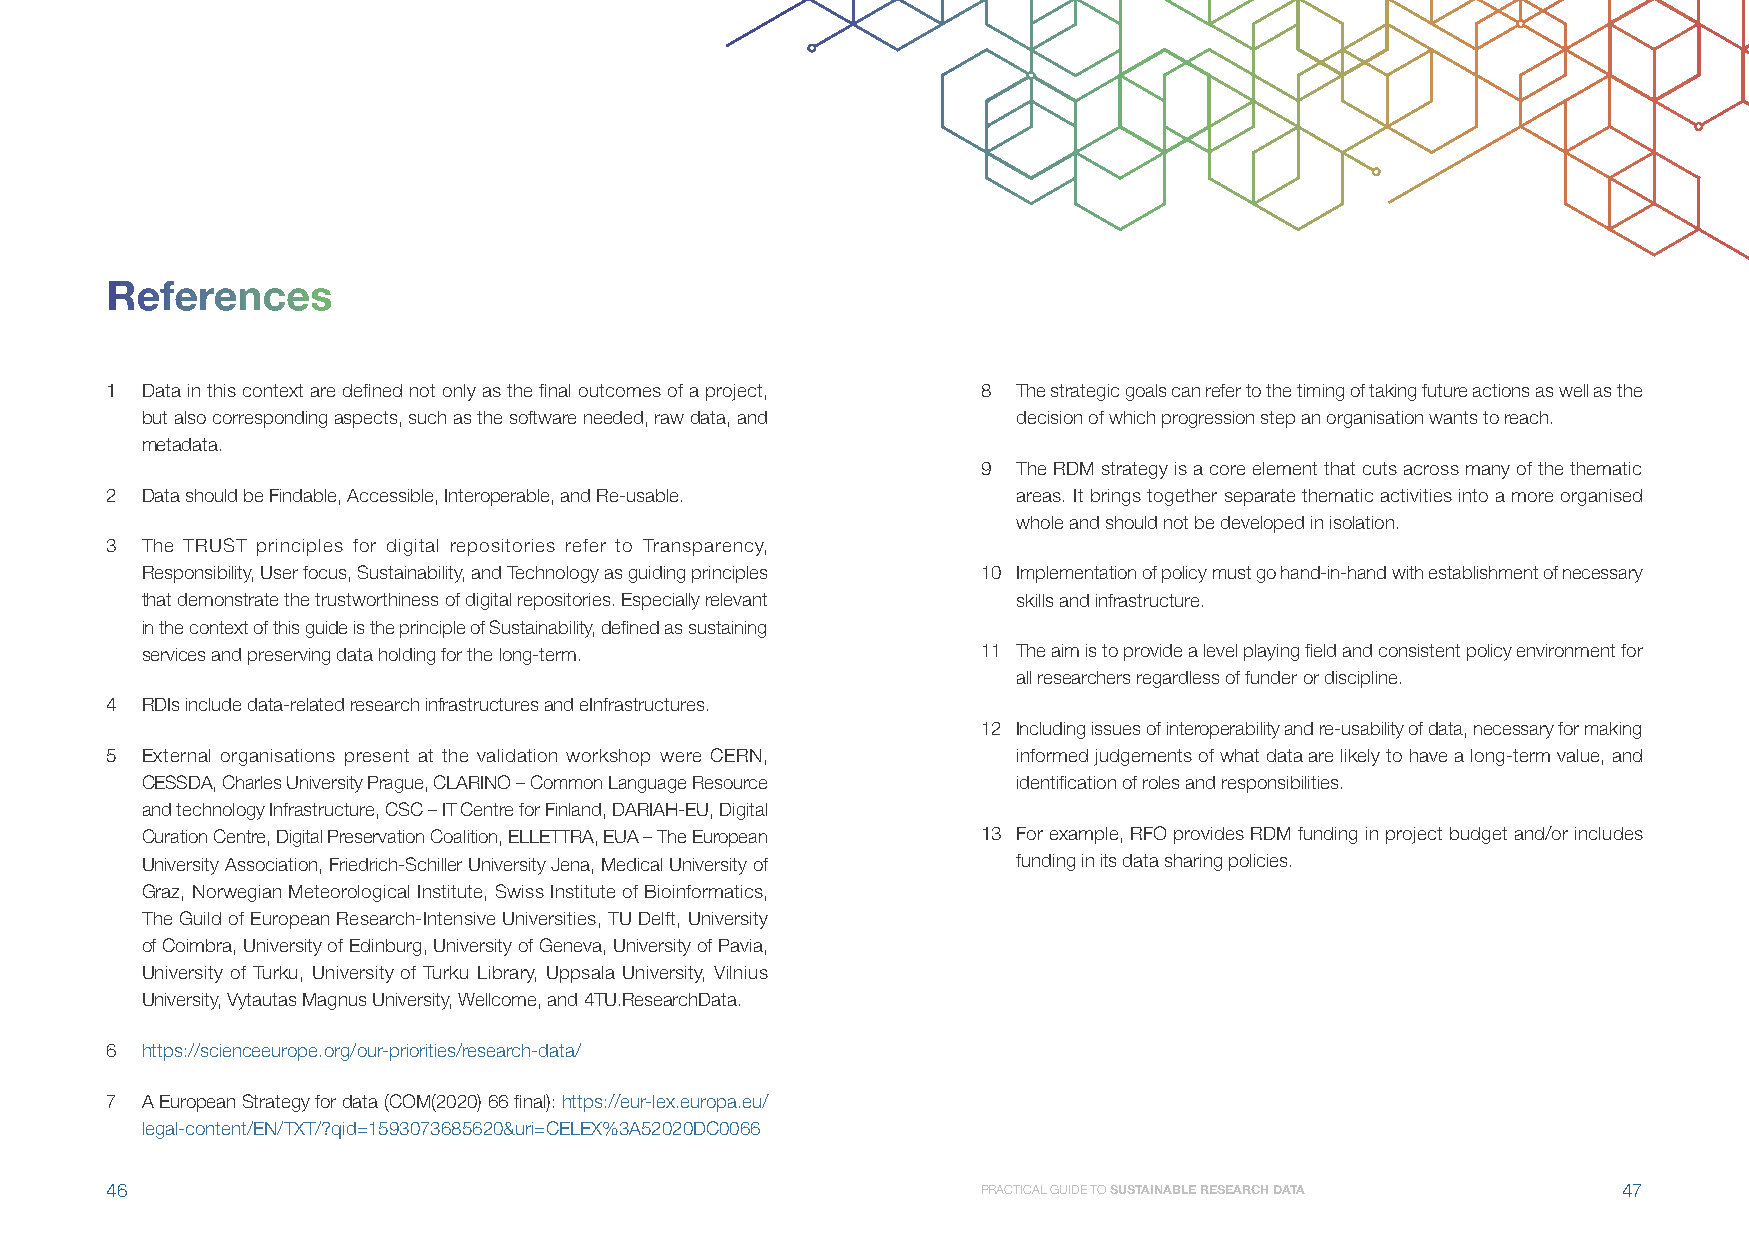
References
 1 Data in this context are defined not only as the final outcomes of a project, 8 The strategic goals can refer to the timing of taking future actions as well as the
 but also corresponding aspects, such as the software needed, raw data, and decision of which progression step an organisation wants to reach.
 metadata.
 9 The RDM strategy is a core element that cuts across many of the thematic
 2 Data should be Findable, Accessible, Interoperable, and Re-usable. areas. It brings together separate thematic activities into a more organised
 whole and should not be developed in isolation.
 3 The TRUST principles for digital repositories refer to Transparency,
 Responsibility, User focus, Sustainability, and Technology as guiding principles 10 Implementation of policy must go hand-in-hand with establishment of necessary
 that demonstrate the trustworthiness of digital repositories. Especially relevant skills and infrastructure.
 in the context of this guide is the principle of Sustainability, defined as sustaining
 services and preserving data holding for the long-term. 11 The aim is to provide a level playing field and consistent policy environment for
 all researchers regardless of funder or discipline.
 4 RDIs include data-related research infrastructures and eInfrastructures.
 12 Including issues of interoperability and re-usability of data, necessary for making
 5 External organisations present at the validation workshop were CERN, informed judgements of what data are likely to have a long-term value, and
 CESSDA, Charles University Prague, CLARINO – Common Language Resource identification of roles and responsibilities.
 and technology Infrastructure, CSC – IT Centre for Finland, DARIAH-EU, Digital
 Curation Centre, Digital Preservation Coalition, ELLETTRA, EUA – The European 13 F or example, RFO provides RDM funding in project budget and/or includes
 University Association, Friedrich-Schiller University Jena, Medical University of funding in its data sharing policies.
 Graz, Norwegian Meteorological Institute, Swiss Institute of Bioinformatics,
 The Guild of European Research-Intensive Universities, TU Delft, University
 of Coimbra, University of Edinburg, University of Geneva, University of Pavia,
 University of Turku, University of Turku Library, Uppsala University, Vilnius
 University, Vytautas Magnus University, Wellcome, and 4TU.ResearchData.
 6 https://scienceeurope.org/our-priorities/research-data/
 7 A European Strategy for data (COM(2020) 66 final): https://eur-lex.europa.eu/
 legal-content/EN/TXT/?qid=1593073685620&uri=CELEX%3A52020DC0066
 46                                                        PRACTICAL GUIDE TO SUSTAINABLE RESEARCH DATA 47